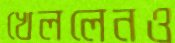
খেললেনও